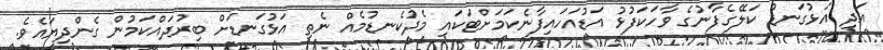
އަދި އަޅުގަނޑު ކަލޭގެފާނުގެ ވާހަކަފުޅު އަޑުއަހައިފާނެކަމަށްޓަކައި މެދުކެނޑުމެއް ނެތި އަޅުގަނޑަށް ބިރުދައްކަމުން ގެންދިޔައެވެ.